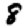
Digit: 8